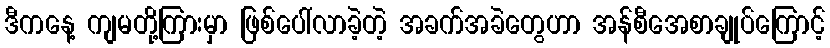
ဒီကနေ့ ကျမတို့ကြားမှာ ဖြစ်ပေါ်လာခဲ့တဲ့ အခက်အခဲတွေဟာ အန်စီအေစာချုပ်ကြောင့်